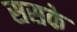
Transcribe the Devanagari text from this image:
ससके